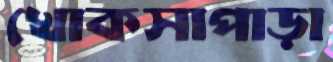
খোকসাপাড়া